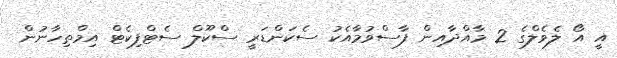
އީ އޯ ލެވެލްގެ 2 މާއްދާއިން ފާސްވުމާއެކު ސެކަންޑަރީ ސްކޫލް ސެޓްފިކެޓް އިމްތިހާނުން